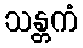
သန္တကံ